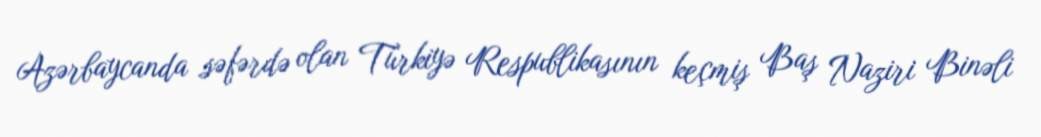
Azərbaycanda səfərdə olan Türkiyə Respublikasının keçmiş Baş Naziri Binəli